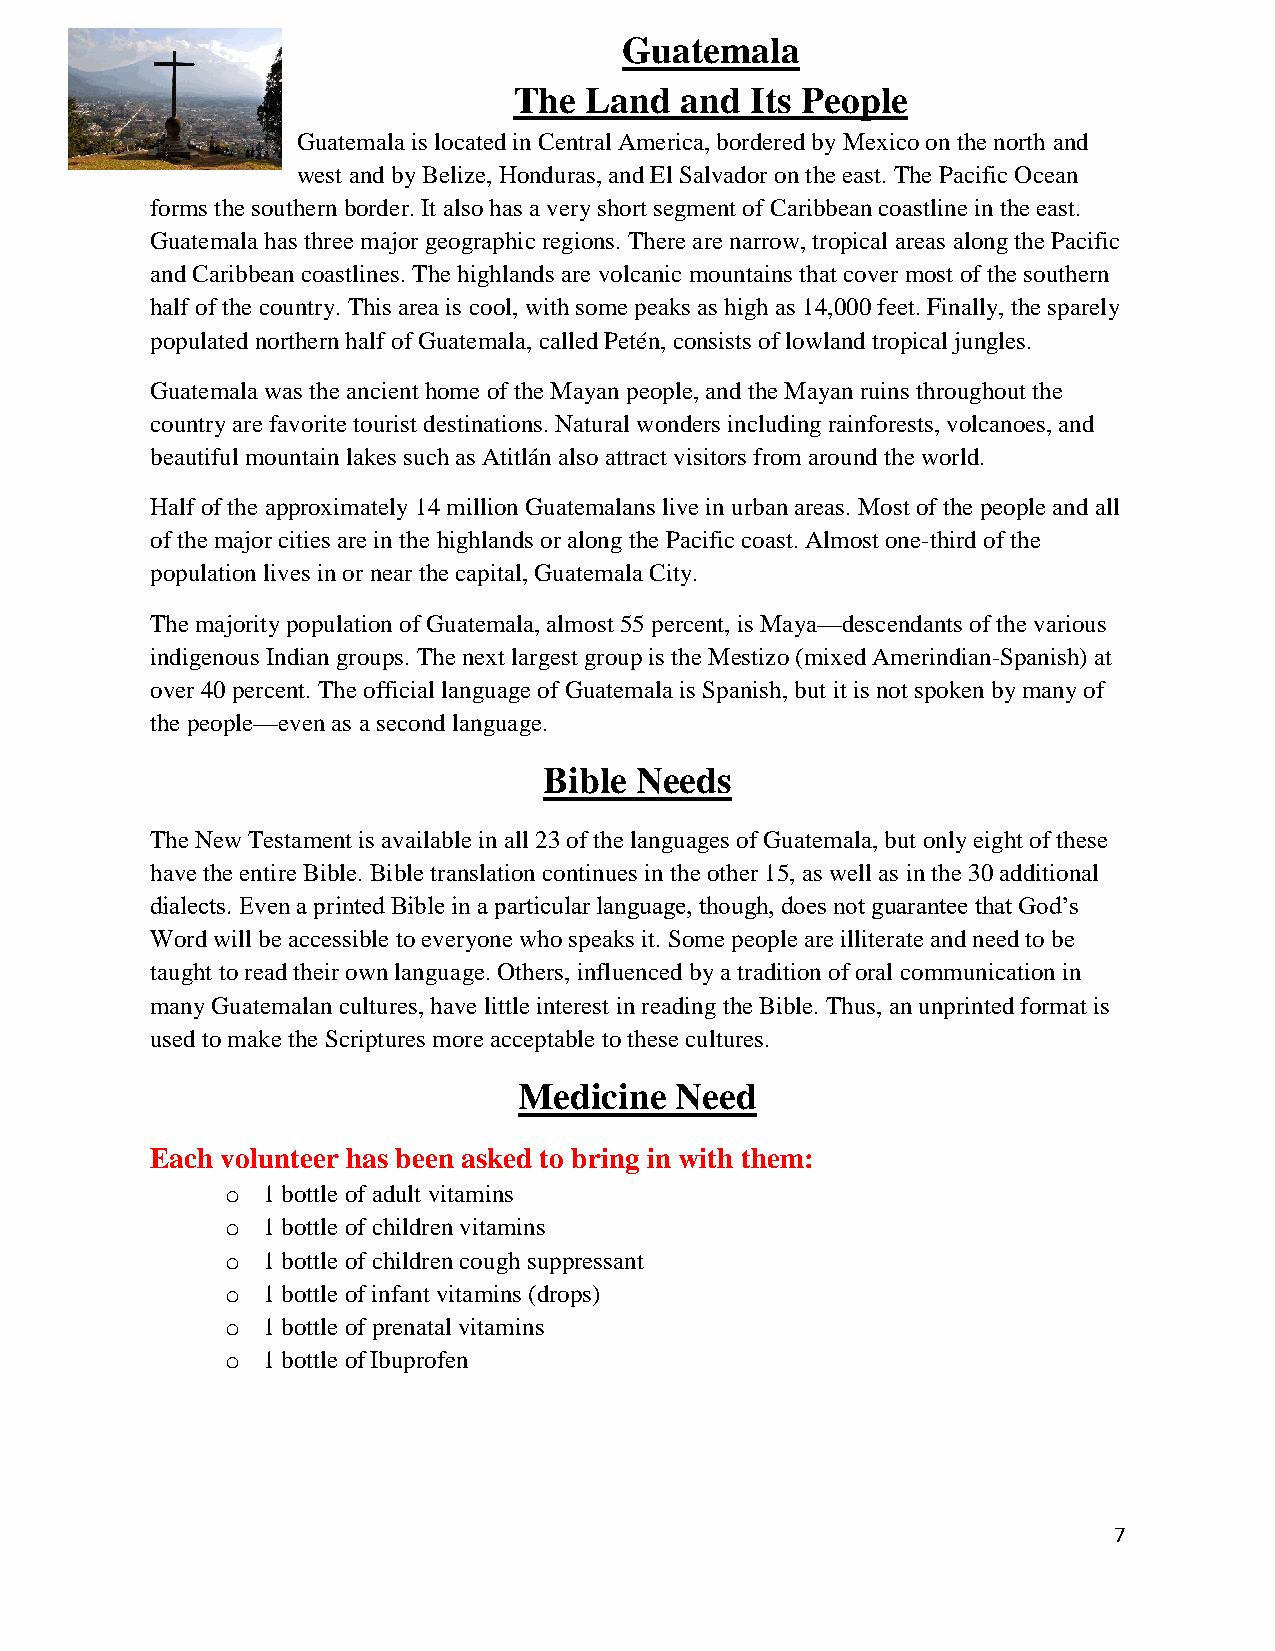
Guatemala
 The  Land  and  Its People
 Guatemala is located in Central America, bordered by Mexico on the north and
 west and by Belize, Honduras, and El Salvador on the east. The Pacific Ocean
 forms the southern border. It also has a very short segment of Caribbean coastline in the east.
 Guatemala has three major geographic regions. There are narrow, tropical areas along the Pacific
 and Caribbean coastlines. The highlands are volcanic mountains that cover most of the southern
 half of the country. This area is cool, with some peaks as high as 14,000 feet. Finally, the sparely
 populated northern half of Guatemala, called Petén, consists of lowland tropical jungles.
 Guatemala was the ancient home of the Mayan people, and the Mayan ruins throughout the
 country are favorite tourist destinations. Natural wonders including rainforests, volcanoes, and
 beautiful mountain lakes such as Atitlán also attract visitors from around the world.
 Half of the approximately 14 million Guatemalans live in urban areas. Most of the people and all
 of the major cities are in the highlands or along the Pacific coast. Almost one-third of the
 population lives in or near the capital, Guatemala City.
 The majority population of Guatemala, almost 55 percent, is Maya—descendants of the various
 indigenous Indian groups. The next largest group is the Mestizo (mixed Amerindian-Spanish) at
 over 40 percent. The official language of Guatemala is Spanish, but it is not spoken by many of
 the people—even as a second language.
 Bible Needs
 The New Testament is available in all 23 of the languages of Guatemala, but only eight of these
 have the entire Bible. Bible translation continues in the other 15, as well as in the 30 additional
 dialects. Even a printed Bible in a particular language, though, does not guarantee that God’s
 Word will be accessible to everyone who speaks it. Some people are illiterate and need to be
 taught to read their own language. Others, influenced by a tradition of oral communication in
 many Guatemalan cultures, have little interest in reading the Bible. Thus, an unprinted format is
 used to make the Scriptures more acceptable to these cultures.
 Medicine   Need
 Each volunteer has been asked to bring in with them:
 o 1 bottle of adult vitamins
 o 1 bottle of children vitamins
 o 1 bottle of children cough suppressant
 o 1 bottle of infant vitamins (drops)
 o 1 bottle of prenatal vitamins
 o 1 bottle of Ibuprofen
 7